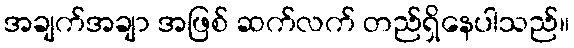
အချက်အချာ အဖြစ် ဆက်လက် တည်ရှိနေပါသည်။